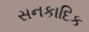
સનકાદિક